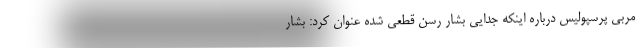
مربی پرسپولیس درباره اینکه جدایی بشار رسن قطعی شده عنوان کرد: بشار